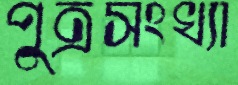
পুত্রসংখ্যা